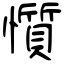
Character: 懫